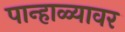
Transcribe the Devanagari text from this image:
पान्हाळ्यावर